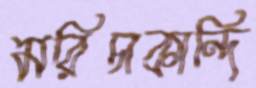
মরিচাকান্দি